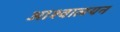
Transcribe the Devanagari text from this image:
आश्वालयन